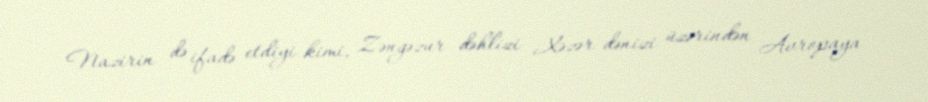
Nazirin də ifadə etdiyi kimi, Zəngəzur dəhlizi Xəzər dənizi üzərindən Avropaya